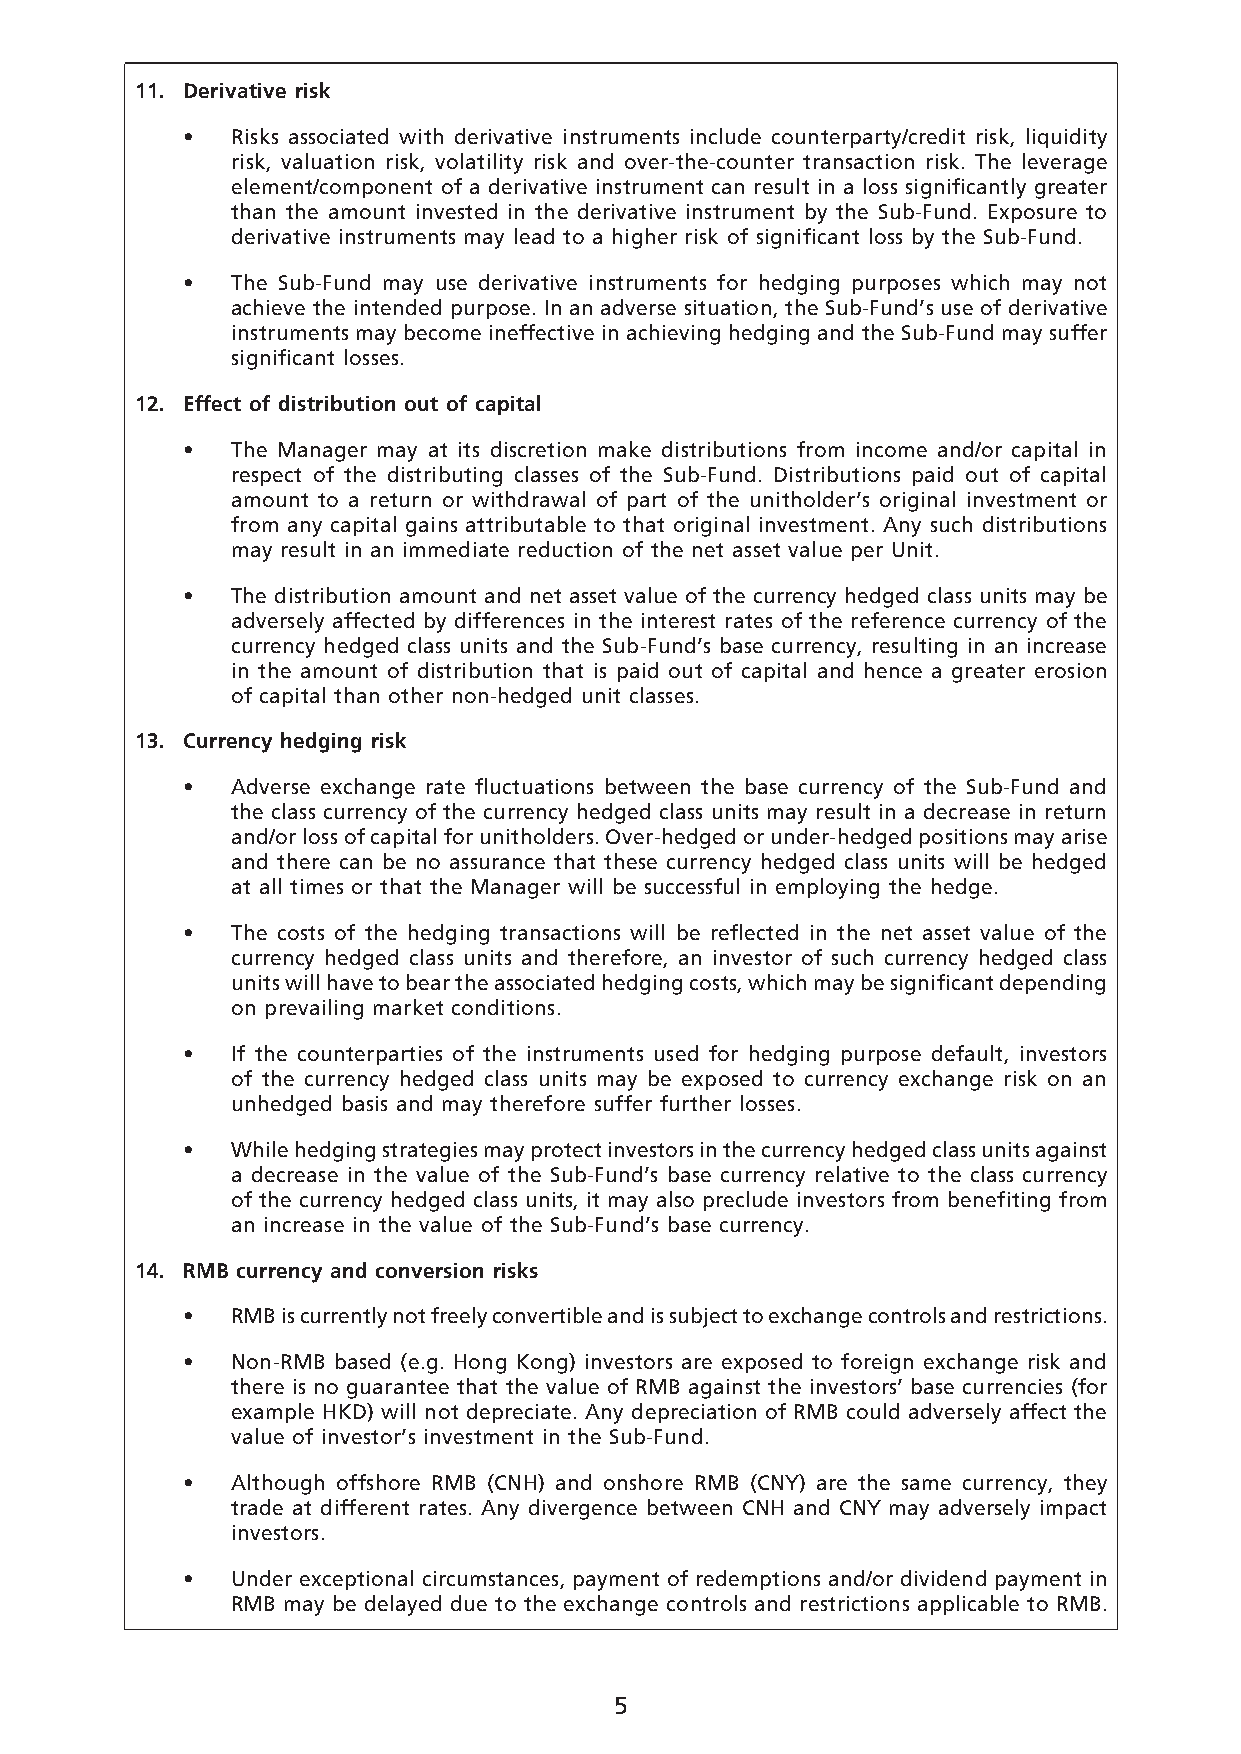
11. Derivative risk
 •  Risks associated with derivative instruments include counterparty/credit risk, liquidity
 risk, valuation risk, volatility risk and over-the-counter transaction risk. The leverage
 element/component of a derivative instrument can result in a loss significantly greater
 than the amount invested in the derivative instrument by the Sub-Fund. Exposure to
 derivative instruments may lead to a higher risk of significant loss by the Sub-Fund.
 •  The Sub-Fund may use derivative instruments for hedging purposes which may not
 achieve the intended purpose. In an adverse situation, the Sub-Fund’s use of derivative
 instruments may become ineffective in achieving hedging and the Sub-Fund may suffer
 significant losses.
 12. Effect of distribution out of capital
 •  The Manager may at its discretion make distributions from income and/or capital in
 respect of the distributing classes of the Sub-Fund. Distributions paid out of capital
 amount to a return or withdrawal of part of the unitholder’s original investment or
 from any capital gains attributable to that original investment. Any such distributions
 may result in an immediate reduction of the net asset value per Unit.
 •  The distribution amount and net asset value of the currency hedged class units may be
 adversely affected by differences in the interest rates of the reference currency of the
 currency hedged class units and the Sub-Fund’s base currency, resulting in an increase
 in the amount of distribution that is paid out of capital and hence a greater erosion
 of capital than other non-hedged unit classes.
 13. Currency hedging risk
 •  Adverse exchange rate fluctuations between the base currency of the Sub-Fund and
 the class currency of the currency hedged class units may result in a decrease in return
 and/or loss of capital for unitholders. Over-hedged or under-hedged positions may arise
 and there can be no assurance that these currency hedged class units will be hedged
 at all times or that the Manager will be successful in employing the hedge.
 •  The costs of the hedging transactions will be reflected in the net asset value of the
 currency hedged class units and therefore, an investor of such currency hedged class
 units will have to bear the associated hedging costs, which may be significant depending
 on prevailing market conditions.
 •  If the counterparties of the instruments used for hedging purpose default, investors
 of the currency hedged class units may be exposed to currency exchange risk on an
 unhedged basis and may therefore suffer further losses.
 •  While hedging strategies may protect investors in the currency hedged class units against
 a decrease in the value of the Sub-Fund’s base currency relative to the class currency
 of the currency hedged class units, it may also preclude investors from benefiting from
 an increase in the value of the Sub-Fund’s base currency.
 14. RMB currency and conversion risks
 •  RMB is currently not freely convertible and is subject to exchange controls and restrictions.
 •  Non-RMB based (e.g. Hong Kong) investors are exposed to foreign exchange risk and
 there is no guarantee that the value of RMB against the investors’ base currencies (for
 example HKD) will not depreciate. Any depreciation of RMB could adversely affect the
 value of investor’s investment in the Sub-Fund.
 •  Although offshore RMB (CNH) and onshore RMB (CNY) are the same currency, they
 trade at different rates. Any divergence between CNH and CNY may adversely impact
 investors.
 •  Under exceptional circumstances, payment of redemptions and/or dividend payment in
 RMB may be delayed due to the exchange controls and restrictions applicable to RMB.
 5